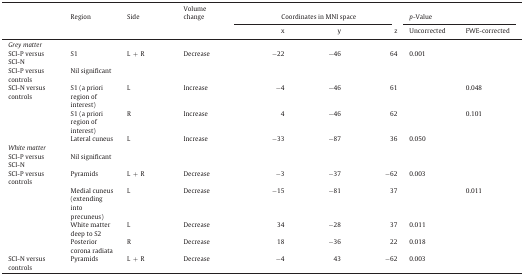
|  | Region | Side | Volume change | <COLSPAN=3> Coordinates in MNI space | <COLSPAN=2> p-Value |
 |  |  |  |  | x | y | z | Uncorrected | FWE-corrected |
 | --- | --- | --- | --- | --- | --- | --- | --- | --- |
 | Grey matter |  |  |  |  |  |  |  |  |
 | SCI-P versus SCI-N | S1 | L + R | Decrease | -22 | -46 | 64 | 0.001 |  |
 | SCI-P versus controls | Nil significant |  |  |  |  |  |  |  |
 | SCI-N versus controls | S1 (a priori region of interest) | L | Increase | -4 | -46 | 61 |  | 0.048 |
 |  | S1 (a priori region of interest) | R | Increase | 4 | -46 | 62 |  | 0.101 |
 |  | Lateral cuneus | L | Increase | -33 | -87 | 36 | 0.050 |  |
 | White matter |  |  |  |  |  |  |  |  |
 | SCI-P versus SCI-N | Nil significant |  |  |  |  |  |  |  |
 | SCI-P versus controls | Pyramids | L + R | Decrease | -3 | -37 | -62 | 0.003 |  |
 |  | Medial cuneus (extending into precuneus) | L | Decrease | -15 | -81 | 37 |  | 0.011 |
 |  | White matter deep to S2 | L | Decrease | 34 | -28 | 37 | 0.011 |  |
 |  | Posterior corona radiata | R | Decrease | 18 | -36 | 22 | 0.018 |  |
 | SCI-N versus controls | Pyramids | L + R | Decrease | -4 | 43 | -62 | 0.003 |  |